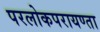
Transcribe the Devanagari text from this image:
परलोकपरायण्ता